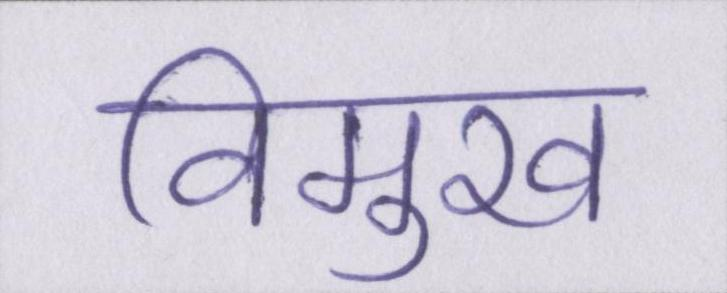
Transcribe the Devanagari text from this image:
विमुख